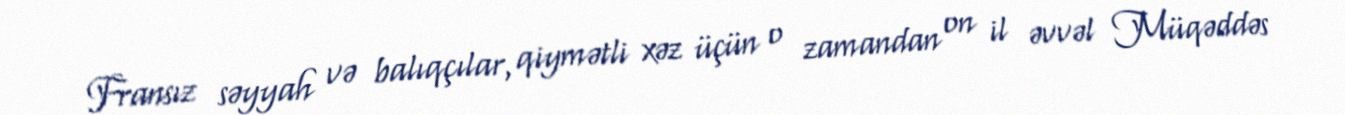
Fransız səyyah və balıqçılar, qiymətli xəz üçün o zamandan on il əvvəl Müqəddəs